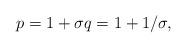
LaTeX: \begin{align*}p = 1+\sigma q=1+1/\sigma,\end{align*}